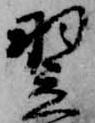
翌